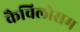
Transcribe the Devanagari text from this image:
कैविलोसम